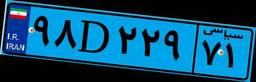
۵۷D۷۸۸۰۳